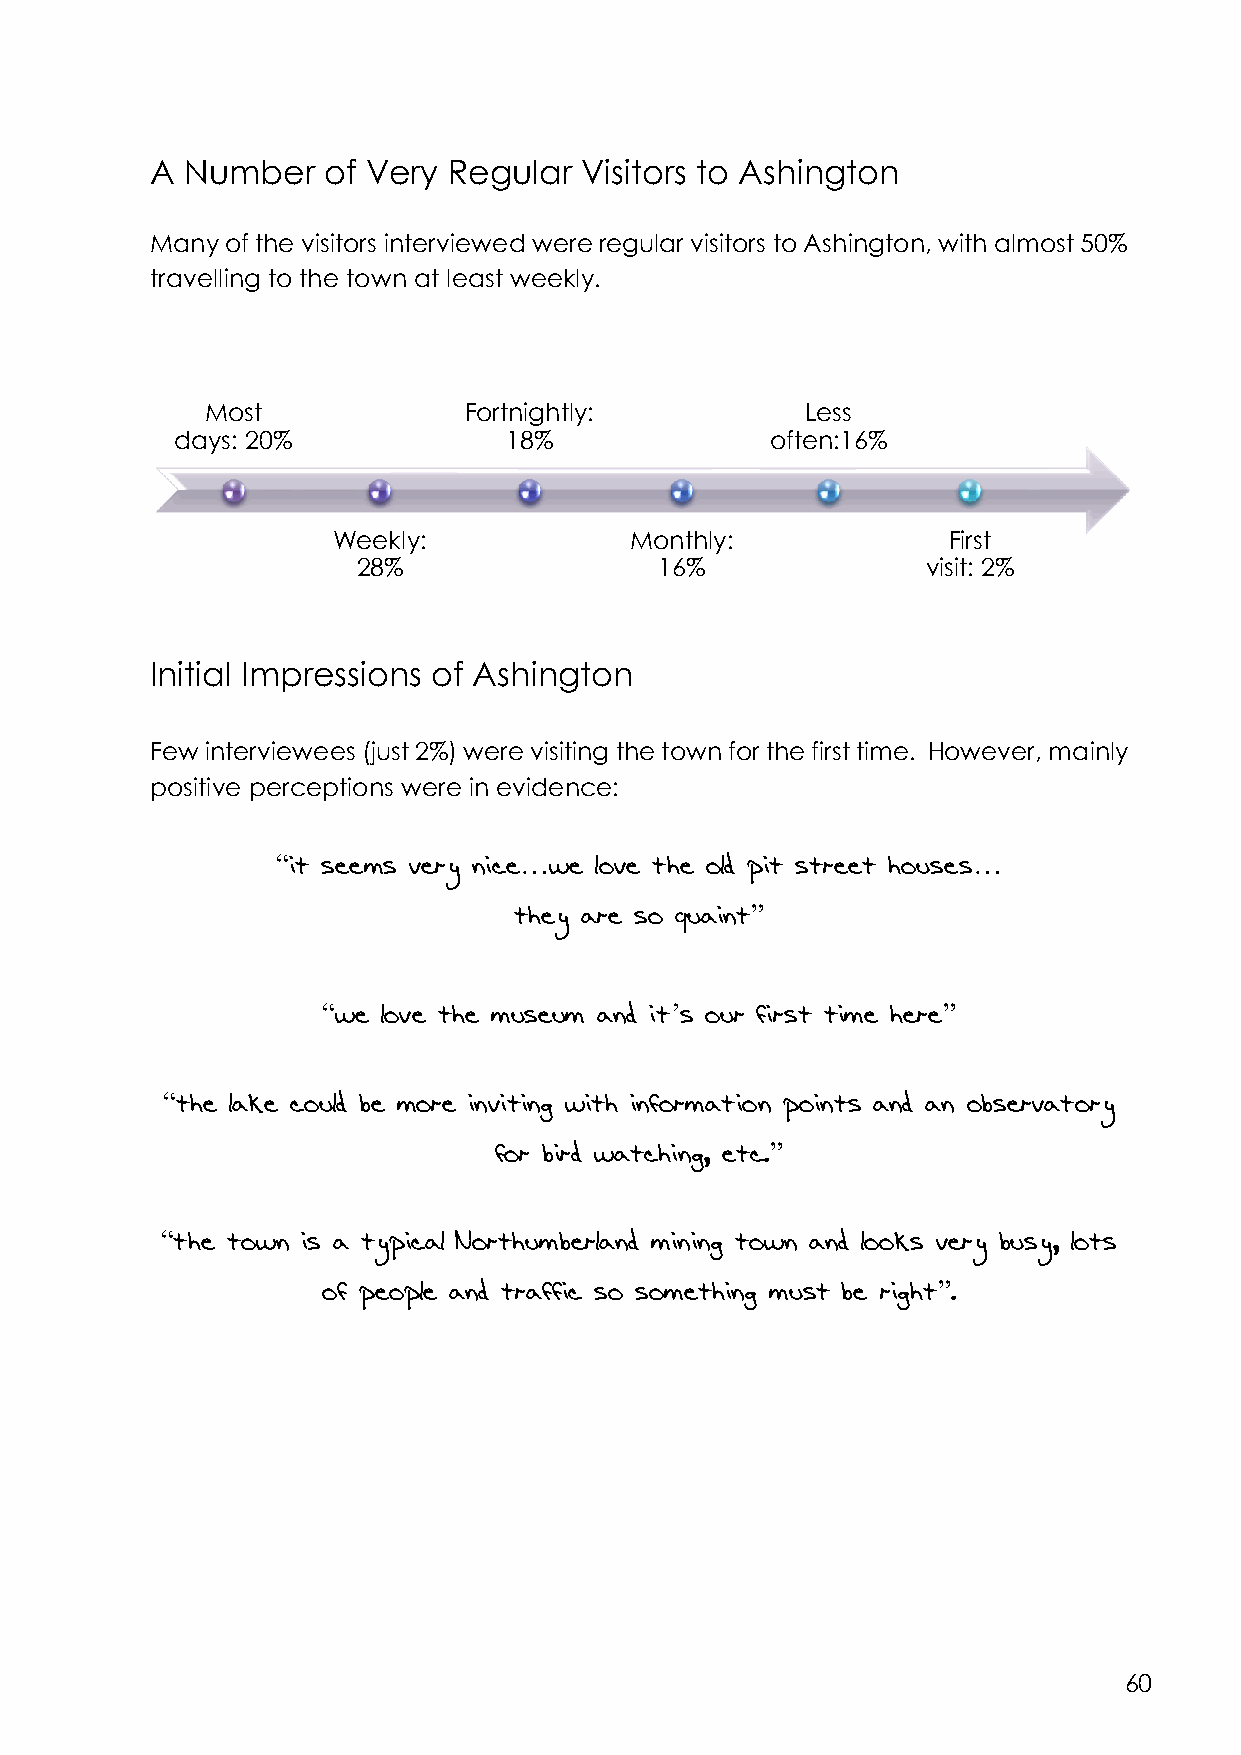
A Number   of Very  Regular Visitors to Ashington
 Many of the visitors interviewed were regular visitors to Ashington, with almost 50%
 travelling to the town at least weekly.
 Most             Fortnightly:          Less
 days: 20%            18%               often:16%
 Weekly:             Monthly:             First
 28%                 16%              visit: 2%
 Initial Impressions of Ashington
 Few interviewees (just 2%) were visiting the town for the first time. However, mainly
 positive perceptions were in evidence:
 “it seems very nice…we love the old pit street houses…
 they are so quaint”
 “we love the museum and it’s our first time here”
 “the lake could be more inviting with information points and an observatory
 for bird watching, etc.”
 “the town is a typical Northumberland mining town and looks very busy, lots
 of people and traffic so something must be right”.
 60